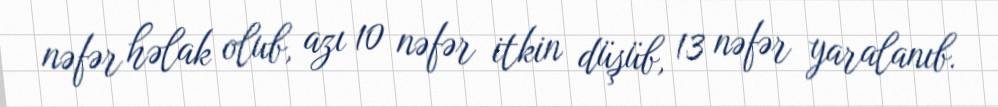
nəfər həlak olub, azı 10 nəfər itkin düşüb, 13 nəfər yaralanıb.